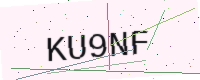
Text: KU9NF